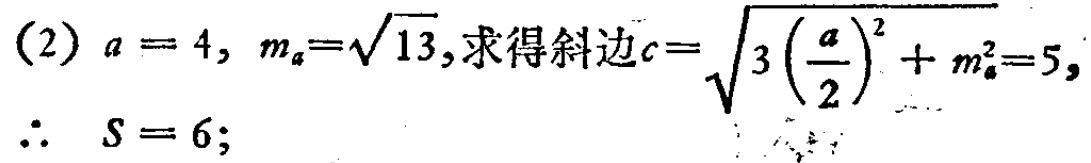
(2) \(a = 4\), \(m_{a}=\sqrt{13}\), 求得斜边\(c=\sqrt{3\left(\frac{a}{2}\right)^{2}+m_{a}^{2}} = 5\),

\(\therefore S = 6\);